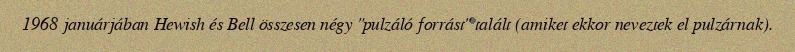
1968 januárjában Hewish és Bell összesen négy "pulzáló forrást" talált (amiket ekkor neveztek el pulzárnak).